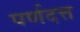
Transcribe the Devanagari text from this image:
पर्णदत्त